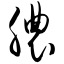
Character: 脓